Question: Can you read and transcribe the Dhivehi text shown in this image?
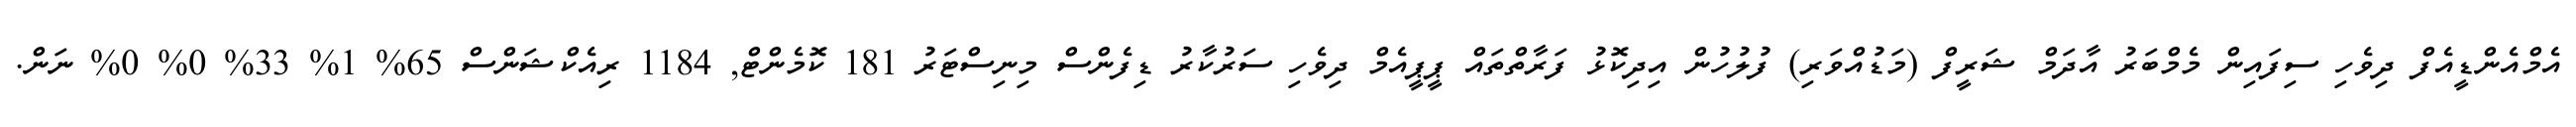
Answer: އެމްއެންޑީއެފް ދިވެހި ސިފައިން މެމްބަރު އާދަމް ޝަރީފް (މަޑުއްވަރި) ފުލުހުން އިދިކޮޅު ފަރާތްތައް ޕީޕީއެމް ދިވެހި ސަރުކާރު ޑިފެންސް މިނިސްޓަރު 181 ކޮމެންޓް, 1184 ރިއެކްޝަންސް 65% 1% 33% 0% 0% ނަން.